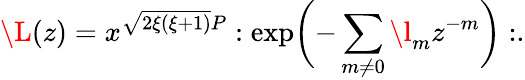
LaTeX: \L(z)=x^{\sqrt{2\xi(\xi+1)}P}:\exp\biggl(-\sum_{m\ne 0}\l_{m}z^{-m}\biggr):.